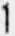
1